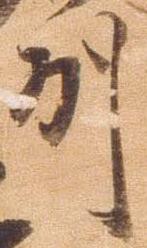
州